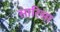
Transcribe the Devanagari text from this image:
सारिसा